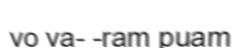
vo va- -ram puam